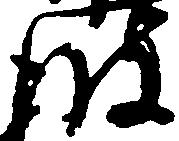
波